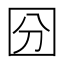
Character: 𡇇